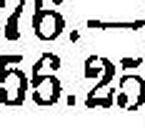
56.25